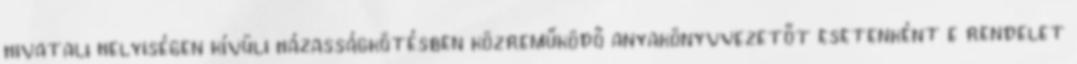
hivatali helyiségen kívüli házasságkötésben közreműködő anyakönyvvezetőt esetenként e rendelet